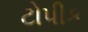
ટોપીક